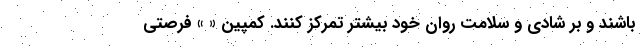
باشند و بر شادی و سلامت روان خود بیشتر تمرکز کنند. کمپین « » فرصتی